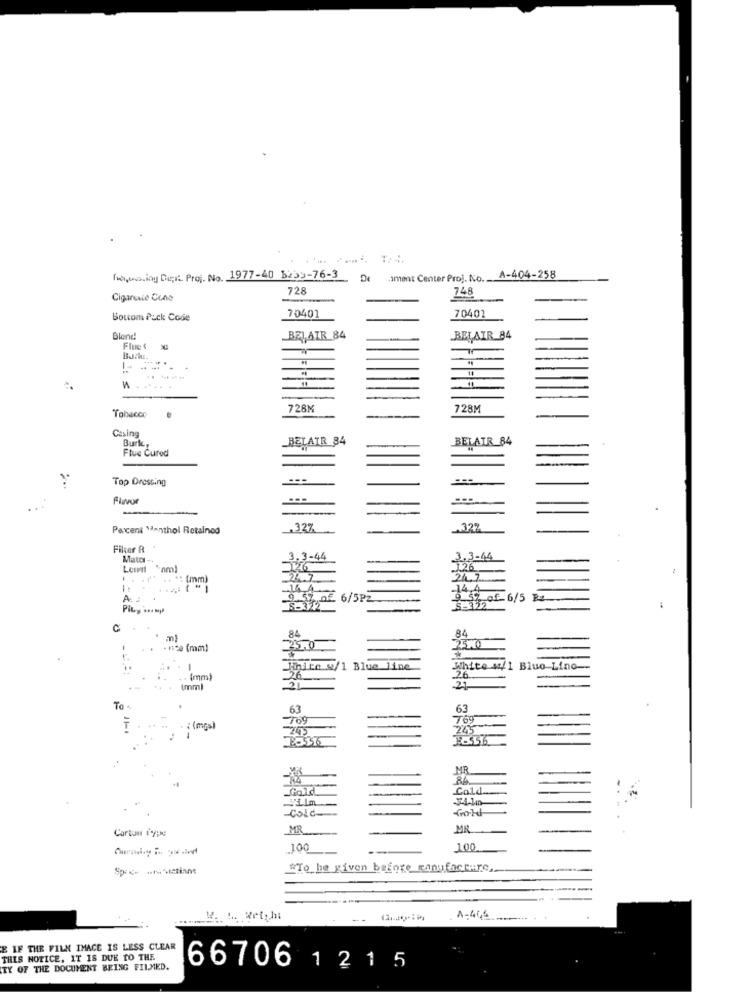
holaning Dept Proj. No. 1977-40 1233-76-3
Samet Center Proj. No.
A-404-258
728
748
Cigarevie Cono
70401
Bouom Pack Code
70401
Blond
BEL AIR 84
BELAIR 84
Flue
-. -.
728M
728M
Tobacco
Casing
Burke,
BELAIR 84
BELAIR 84
Flue Cured
Top Dressing
Flavor
-
Parcent Menthol Retainod
327
Filter R
Mata -.
3.3-44
3.3-44
126
"" (mm)
=24.7
24.7
-14.4
9.57,of
6/5PZ
9 5% of_6/5 B
Pily .nmp
S-372
S-322
C
84
84
..
- 120 (ram)
25.0
23.0
-
White w/1 Blue line
White 441 Blue Line-
(mm)
26
Imml
21
21
To -
63
63
-709
769
T
: (mgs)
-245
245
MR
84
84
Gold
Cold.
-ilm
Gold
Cold-
Carton fee
MR
MR
100
100
RTo he given before manufacture,
.. ........
A-445
E IF THE FILM IMACE IS LESS CLEAR
THIS NOTICE, IT IS DUE TO THE
TY OF THE DOCUMENT BEING FILMED.
66706 1 2 1 5